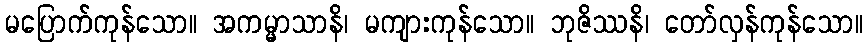
မပြောက်ကုန်သော။ အကမ္မာသာနိ၊ မကျားကုန်သော။ ဘုဇိဿနိ၊ တော်လှန်ကုန်သော။